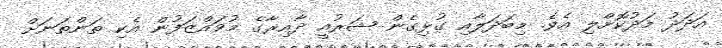
އަދަދު މަދުކޮށްލި އެވެ. މިބަދަލާއި ގުޅިގެން ޝަރުއީ ދާއިރާގެ މުވައްޒަފުން އެކި ތަންތަނަށް